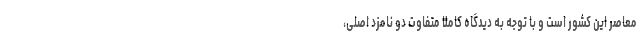
معاصر این کشور است و با توجه به دیدگاه کاملا متفاوت دو نامزد اصلی،